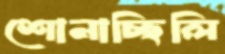
শোনাচ্ছিলি